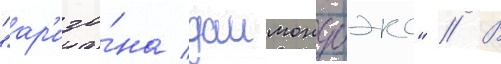
"ар'изо́на даимондбэкс" // В